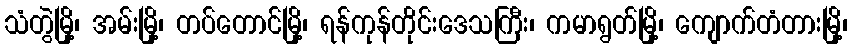
သံတွဲမြို့၊ အမ်းမြို့၊ တပ်တောင်မြို့၊ ရန်ကုန်တိုင်းဒေသကြီး၊ ကမာရွတ်မြို့၊ ကျောက်တံတားမြို့၊